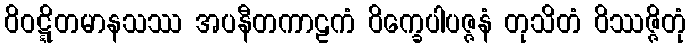
ဝိဝဋ္ဋိတမာနသဿ အပနီတကာဠကံ ဝိက္ခေပါပဇ္ဇနံ တုသိတံ ဝိဿဇ္ဇိတုံ